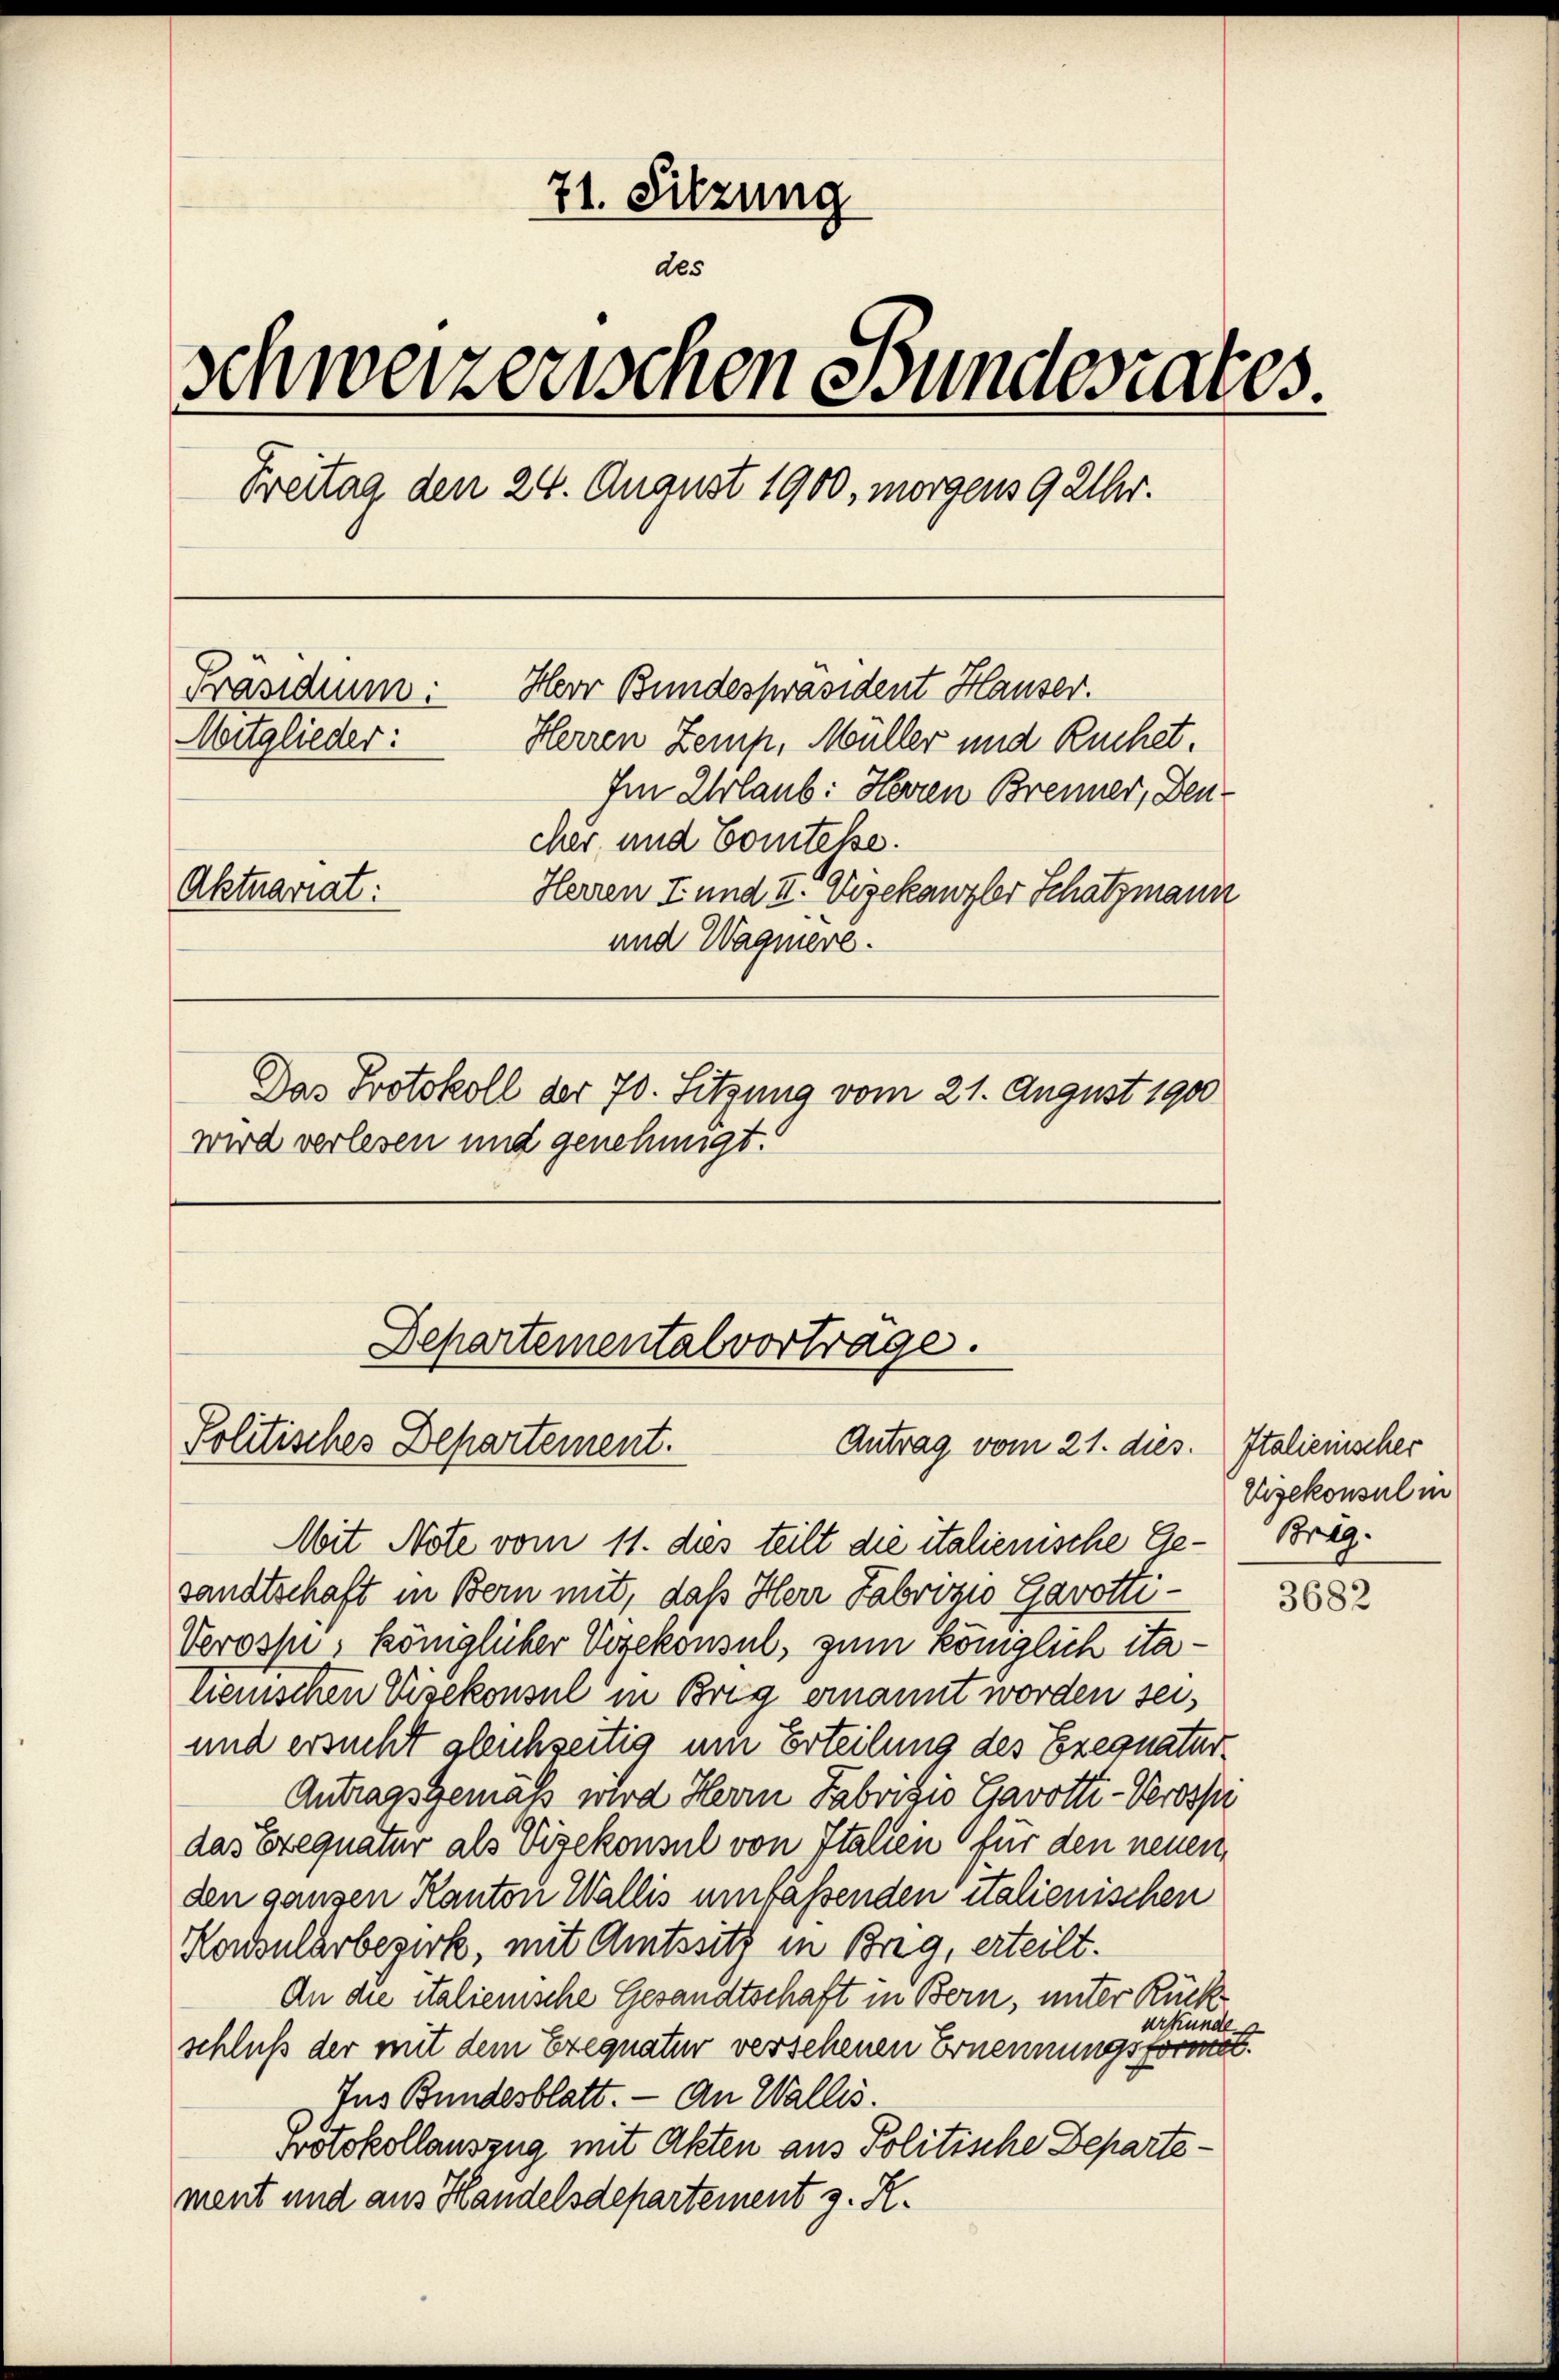
71. Sitzung
des
schweizerischen Bundesrates
Freitag den 24. August 1900, morgens 9 Uhr.
Herr Bundespräsident Hauser.
Präsidium:
Mitglieder:
Herren Zemp, Müller und Ruchet.
Im Urlaub: Herren Brenner, Deucher und Comtesse.
Aktuariat:
Herren I und II. Vizekanzler Schatzmann
und Wagnere.
Das Protokoll der 70. Sitzung vom 21. August 1900
wird verlesen und genehmigt.

Departemental vorträge.
Politisches Departement.
Antrag vom 21. dies. Italienischer

Mit Note vom 11. dies teilt die italienische Ge-Brägsandtschaft in Bern mit, daß Herr Fabrizio Gavotti¬
Veroshi, königlicher Vizekonsul, zum königlich itatienischen Visekonsul in Brig ernannt worden sei,
und ersucht gleichseitig um Erteilung des Exequatur
Antragsgemäß wird Herrn Fabrizio Gavotti-Verospi
das Exequatur als Vizekonsul von Italien für den neuen
den ganzen Kanton Wallis umfaßenden italienischen
Konsularbezirk, mit Amtssitz in Brig, erteilt.
An die italienische Gesandtschaft in Bern, unter Rückerkunde.
schluß der mit dem Exequatur versehenen Ernennungsformet.
Ins Bundesblatt. — An Wallis.
Protokollauszug mit Akten aus Politische Departement und aus Handelsdepartement z. K.

Vizekonsul in

3682